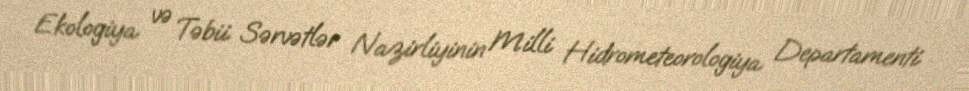
Ekologiya və Təbii Sərvətlər Nazirliyinin Milli Hidrometeorologiya Departamenti